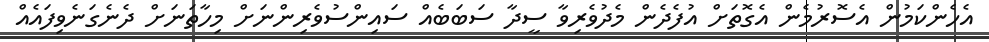
އެހެންކަމުން އެސޮރުމެން އެގޮތަށް އުފެދެން މެދުވެރިވާ ސީދާ ސަބަބެއް ސައިންސުވެރިންނަށް މިހާތަނަށް ދެނެގަނެވިފައެއް